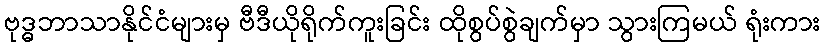
ဗုဒ္ဓဘာသာနိုင်ငံများမှ ဗီဒီယိုရိုက်ကူးခြင်း ထိုစွပ်စွဲချက်မှာ သွားကြမယ် ရုံးကား